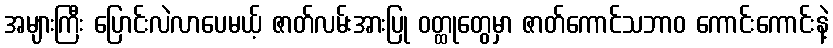
အများကြီး ပြောင်းလဲလာပေမယ့် ဇာတ်လမ်းအားပြု ဝတ္ထုတွေမှာ ဇာတ်ကောင်သဘာဝ ကောင်းကောင်းနဲ့